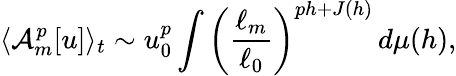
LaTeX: \langle\mathcal{A}_{m}^{p}[u]\rangle_{t}\sim u_{0}^{p}\int\left(\frac{\ell_{m}}{\ell_{0}}\right)^{ph+J(h)}\, d\mu(h),